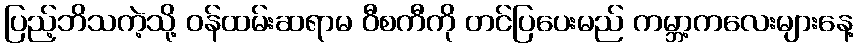
ပြည့်ဘိသကဲ့သို့ ဝန်ထမ်းဆရာမ ဝီစကီကို တင်ပြပေးမည် ကမ္ဘာ့ကလေးများနေ့